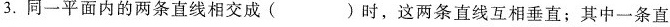
3.同一平面内的两条直线相交成( )时，这两条直线互相垂直；其中一条直线。